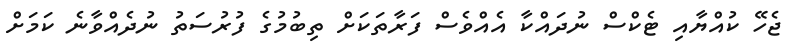
ޖެހޭ ކުއްޔާއި ޓެކްސް ނުދައްކާ އެއްވެސް ފަރާތަކަށް ތިބުމުގެ ފުރުސަތު ނުދެއްވާނެ ކަމަށް